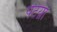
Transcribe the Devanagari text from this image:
पेटय़ा